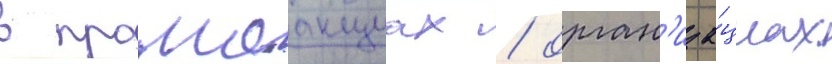
в промоакциах / орган'иза́циах